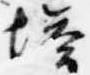
塔